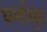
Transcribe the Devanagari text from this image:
धर्मामृत